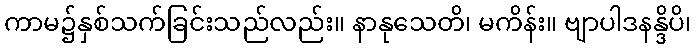
ကာမ၌နှစ်သက်ခြင်းသည်လည်း။ နာနုသေတိ၊ မကိန်း။ ဗျာပါဒနန္ဒိပိ၊